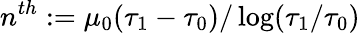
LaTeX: n^{th}:=\mu_{0}(\tau_{1}-\tau_{0})/\log(\tau_{1}/\tau_{0})